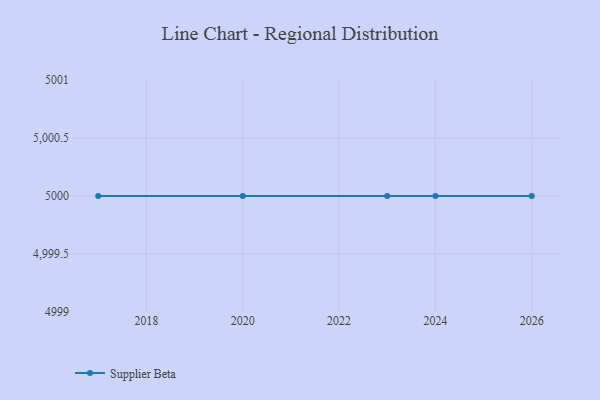
{"axis": {"x": "Year", "y": "Demand Index"}, "legend": ["Supplier Beta"], "data": [{"x": "2024", "y": 5000, "type": "Supplier Beta"}, {"x": "2020", "y": 5000, "type": "Supplier Beta"}, {"x": "2026", "y": 5000, "type": "Supplier Beta"}, {"x": "2023", "y": 5000, "type": "Supplier Beta"}, {"x": "2017", "y": 5000, "type": "Supplier Beta"}]}